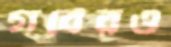
গর্বেরও